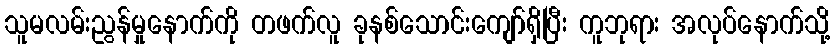
သူမလမ်းညွန်မှုနောက်ကို တဖက်လူ ခုနစ်သောင်းကျော်ရှိပြီး ကူဘုရား အလုပ်နောက်သို့